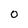
Character: O